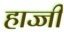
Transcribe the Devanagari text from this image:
हाज्जी